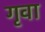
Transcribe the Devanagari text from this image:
गृवा